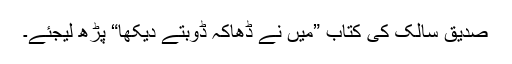
صدیق سالک کی کتاب ”میں نے ڈھاکہ ڈوبتے دیکھا“ پڑھ لیجئے۔